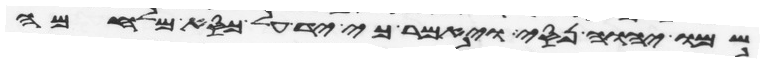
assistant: שמו יהוה נסי ויאמר כי יד על כסא מלחמה